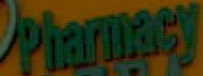
Pharmacy